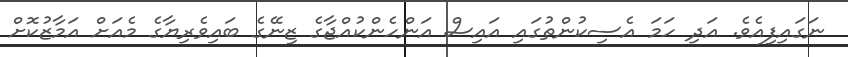
ނަގައިފިއެވެ. އަދި ހަމަ އެސިކުންތުގައި އައިސް އަންހެންކުއްޖާގެ ޒިނޭގެ ބައިވެރިޔާގެ މެއަށް އަމާޒުކޮށް